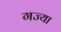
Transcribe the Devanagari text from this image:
गज्या